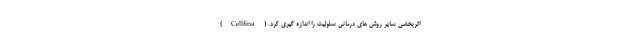
اثربخشی سایر روش های درمانی سلولیت را اندازه گیری کرد. (Cellfina)